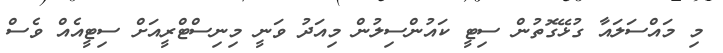
މި މައްސަލައާ ގުޅޭގޮތުން ސިޓީ ކައުންސިލުން މިއަދު ވަނީ މިނިސްޓްރީއަށް ސިޓީއެއް ވެސް